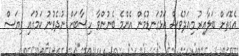
އެގޮތަށް ބަލާއިރު މިއަދުވެސް އަޅުގަނޑުމެން އެންމެ ބެނުންވާ ހިސާބަށް ނުދެވުނު ކަމުގައި ވިޔަސް